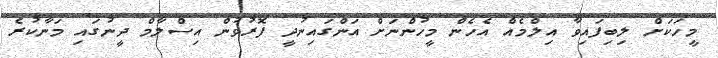
މީހަކަށް ލިބިފައިވާ އިލްމެއް އެހެން މީހުންނަށް އަންގައިނުދީ ފޮރުވުން އިސްލާމް ދީނުގައި މަނާކުރެ